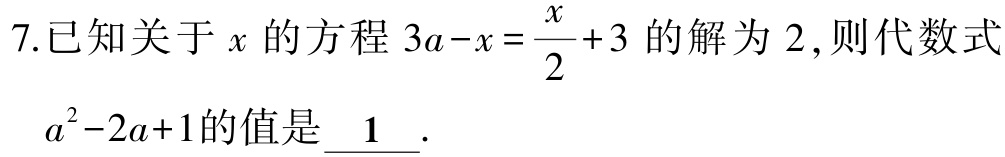
7.已知关于\(x\)的方程\(3a - x = \dfrac{x}{2} + 3\)的解为\(2\),则代数式\(a^{2}-2a + 1\)的值是\(\underline{1}\).